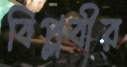
বিপ্লবীর